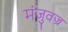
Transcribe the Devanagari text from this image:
मंजुवज्र